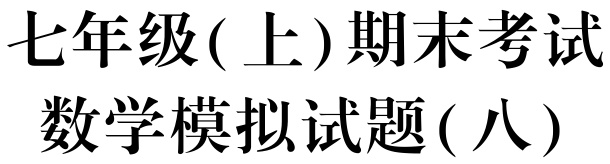
七年级(上)期末考试\\

数学模拟试题(八)